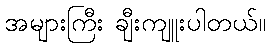
အများကြီး ချီးကျူးပါတယ်။